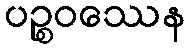
ပဉ္စဝဿေန